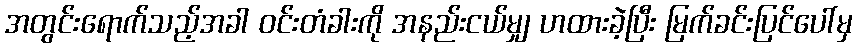
အတွင်းရောက်သည့်အခါ ဝင်းတံခါးကို အနည်းငယ်မျှ ဟထားခဲ့ပြီး မြက်ခင်းပြင်ပေါ်မှ